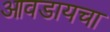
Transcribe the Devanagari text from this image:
आवडायचा